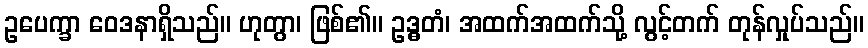
ဥပေက္ခာ ဝေဒနာရှိသည်။ ဟုတွာ၊ ဖြစ်၏။ ဥဒ္ဓတံ၊ အထက်အထက်သို့ လွင့်တက် တုန်လှုပ်သည်။